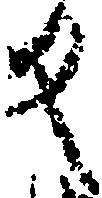
反